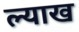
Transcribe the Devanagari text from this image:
ल्याख